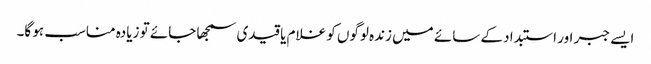
ایسے جبر اور استبداد کے سائے میں زندہ لوگوں کو غلام یا قیدی سمجھا جائے تو زیادہ مناسب ہو گا۔